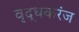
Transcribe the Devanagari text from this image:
वृद्धकरंज